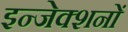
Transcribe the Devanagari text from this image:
इन्जेक्शनों